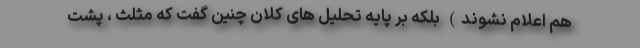
هم اعلام نشوند) بلکه بر پایه تحلیل های کلان چنین گفت که مثلث ، پشت